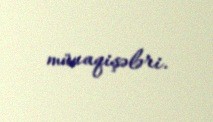
münaqişələri.